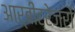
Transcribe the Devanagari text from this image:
आर्बीट्रेजरों